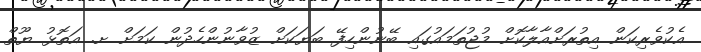
އެކުވެރިކަން އިތުރަށްއާލާކޮށް މުޖުތަމައުގައި ބޭނުންހިފޭ ބަޔަކަށް ޒުވާނުންހެދުން ކަމަށް ށ. އަތޮޅު ޔޫތް